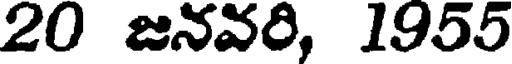
20 జనవరి, 1955